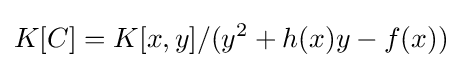
K[C]=K[x,y]/(y^{2}+h(x)y-f(x))